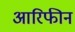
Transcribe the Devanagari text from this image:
आरिफीन